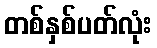
တစ်နှစ်ပတ်လုံး